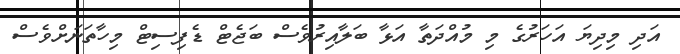
އަދި މިދިޔަ އަހަރުގެ މި މުއްދަތާ އަޅާ ބަލާއިރުވެސް ބަޖެޓް ޑެފިސިޓް މިހާތަނަށްވެސް